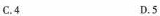
C.4 D.5